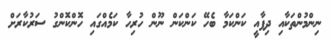
ނިންމުންތަކާއި ދިފާއީ ކަންކަމާ ބެހޭ ކަންކަން ނޫން ހުރިހާ ކަމެއްގައި ހޮންކޮންގު ސަރުކާރަށް